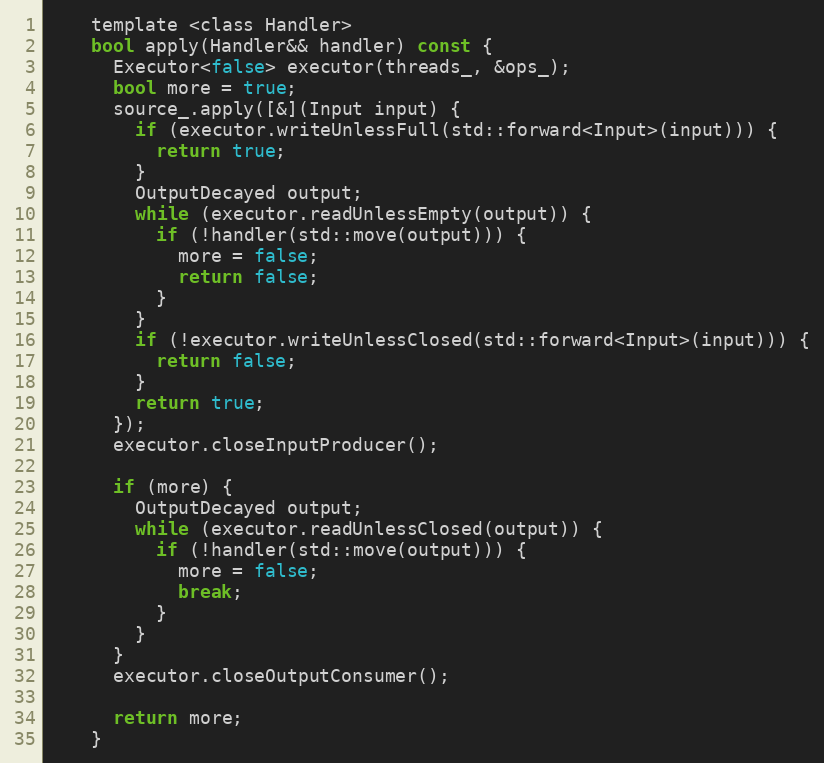
Language: C
    template <class Handler>
    bool apply(Handler&& handler) const {
      Executor<false> executor(threads_, &ops_);
      bool more = true;
      source_.apply([&](Input input) {
        if (executor.writeUnlessFull(std::forward<Input>(input))) {
          return true;
        }
        OutputDecayed output;
        while (executor.readUnlessEmpty(output)) {
          if (!handler(std::move(output))) {
            more = false;
            return false;
          }
        }
        if (!executor.writeUnlessClosed(std::forward<Input>(input))) {
          return false;
        }
        return true;
      });
      executor.closeInputProducer();

      if (more) {
        OutputDecayed output;
        while (executor.readUnlessClosed(output)) {
          if (!handler(std::move(output))) {
            more = false;
            break;
          }
        }
      }
      executor.closeOutputConsumer();

      return more;
    }